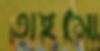
তাইমো